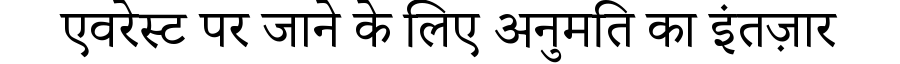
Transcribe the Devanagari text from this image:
एवरेस्ट पर जाने के लिए अनुमति का इंतज़ार